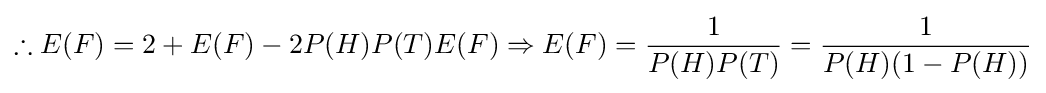
\therefore E(F)=2+E(F)-2P(H)P(T)E(F)\Rightarrow E(F)={\frac {1}{P(H)P(T)}}={\frac {1}{P(H)(1-P(H))}}